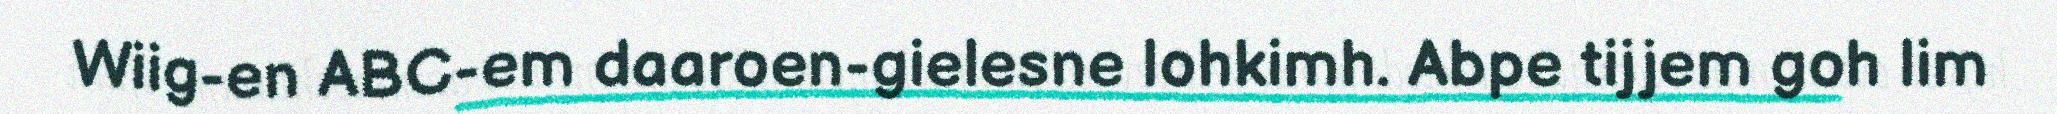
Wiig-en ABC-em daaroen-gielesne lohkimh. Abpe tijjem goh lim